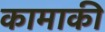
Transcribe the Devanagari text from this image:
कामाकी